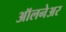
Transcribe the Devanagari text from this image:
ऑलनेअर